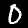
Digit: 0